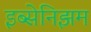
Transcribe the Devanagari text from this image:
इब्सेनिझम